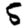
Digit: 5